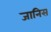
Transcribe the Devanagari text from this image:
जानिस